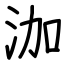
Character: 泇